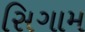
સિગામ